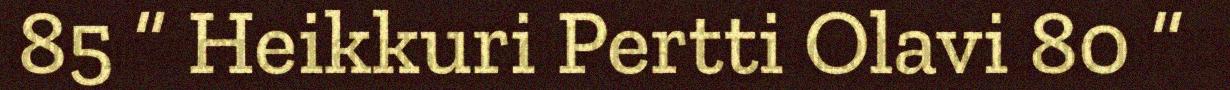
85 “ Heikkuri Pertti Olavi 80 “